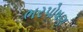
ભરપોષણ